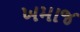
ખમાજ